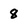
Character: 8